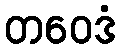
တဝေဒံ